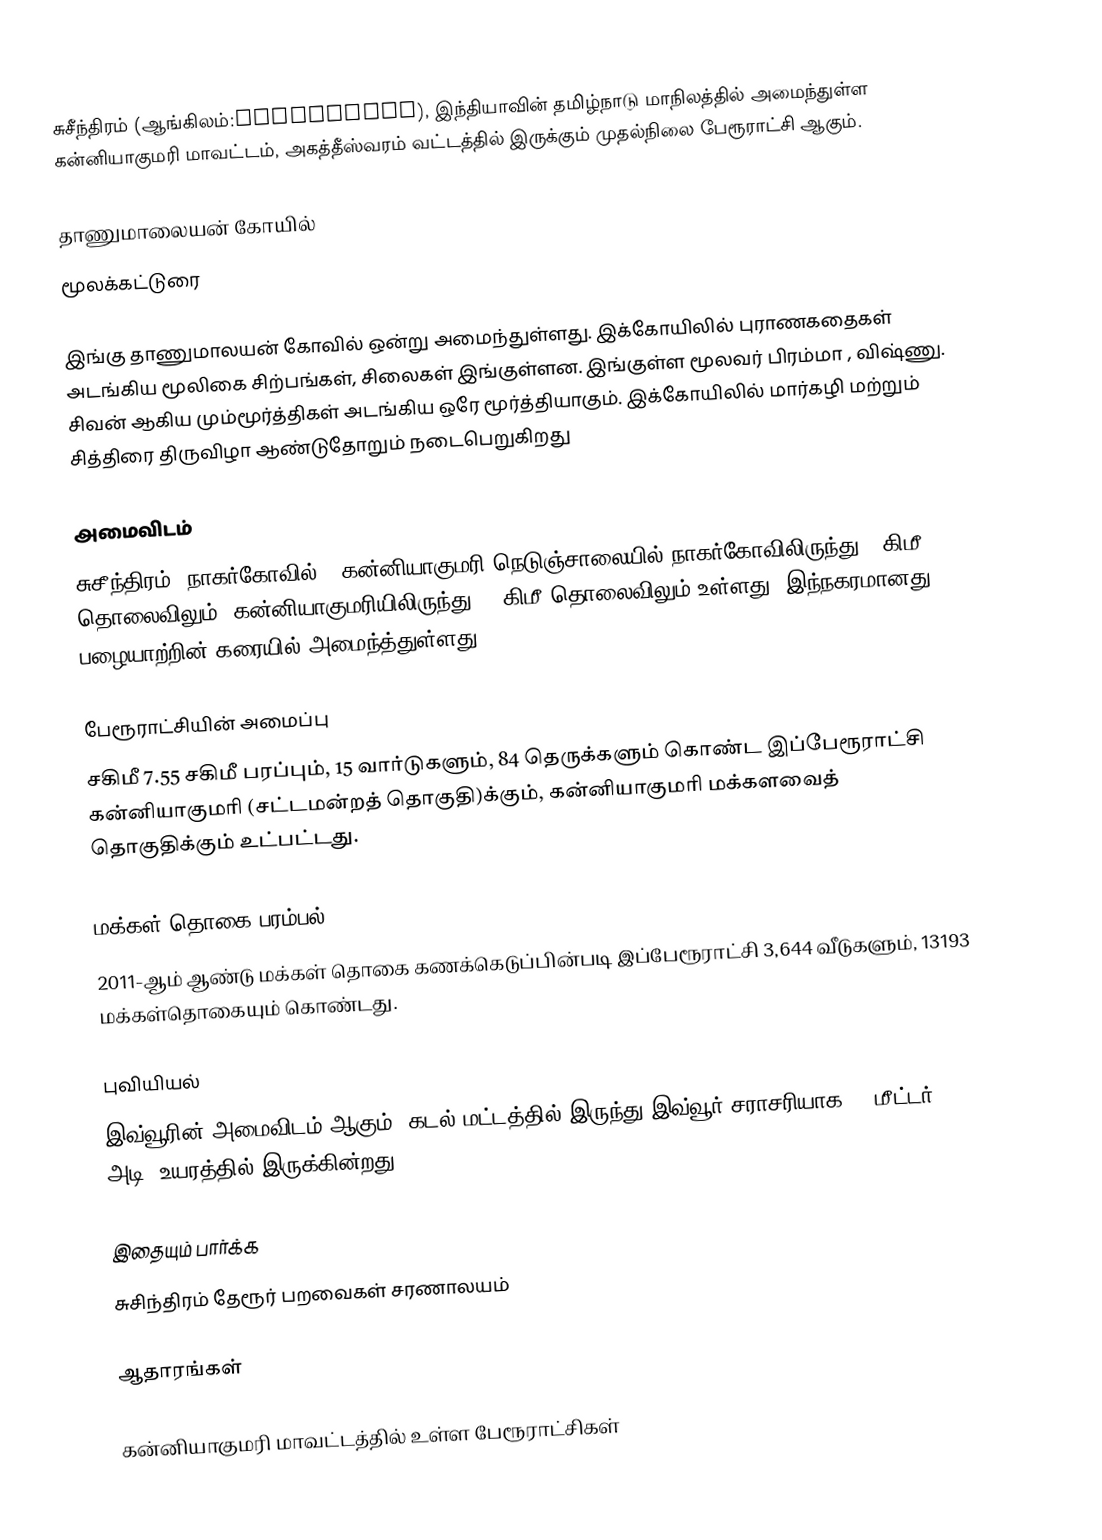
சுசீந்திரம் (ஆங்கிலம்:Suchindram), இந்தியாவின் தமிழ்நாடு மாநிலத்தில் அமைந்துள்ள கன்னியாகுமரி மாவட்டம், அகத்தீஸ்வரம் வட்டத்தில் இருக்கும் முதல்நிலை பேரூராட்சி ஆகும்.

தாணுமாலையன் கோயில்
மூலக்கட்டுரை

இங்கு தாணுமாலயன் கோவில் ஒன்று அமைந்துள்ளது. இக்கோயிலில் புராணகதைகள் அடங்கிய மூலிகை சிற்பங்கள், சிலைகள் இங்குள்ளன. இங்குள்ள மூலவர் பிரம்மா , விஷ்ணு. சிவன் ஆகிய மும்மூர்த்திகள் அடங்கிய ஒரே மூர்த்தியாகும். இக்கோயிலில் மார்கழி மற்றும் சித்திரை திருவிழா ஆண்டுதோறும் நடைபெறுகிறது

அமைவிடம்
சுசீந்திரம், நாகர்கோவில் - கன்னியாகுமரி நெடுஞ்சாலையில் நாகர்கோவிலிருந்து 5 கிமீ தொலைவிலும், கன்னியாகுமரியிலிருந்து 14 கிமீ தொலைவிலும் உள்ளது. இந்நகரமானது பழையாற்றின் கரையில் அமைந்த்துள்ளது.

பேரூராட்சியின் அமைப்பு
சகிமீ   7.55 சகிமீ பரப்பும், 15 வார்டுகளும், 84 தெருக்களும் கொண்ட இப்பேரூராட்சி  கன்னியாகுமரி (சட்டமன்றத் தொகுதி)க்கும், கன்னியாகுமரி மக்களவைத் தொகுதிக்கும் உட்பட்டது.

மக்கள் தொகை பரம்பல்
2011-ஆம் ஆண்டு மக்கள் தொகை கணக்கெடுப்பின்படி  இப்பேரூராட்சி                                3,644  வீடுகளும், 13193 மக்கள்தொகையும் கொண்டது.

புவியியல்
இவ்வூரின் அமைவிடம்  ஆகும். கடல் மட்டத்தில் இருந்து இவ்வூர் சராசரியாக 19 மீட்டர் (62 அடி) உயரத்தில் இருக்கின்றது.

இதையும் பார்க்க
 சுசிந்திரம் தேரூர் பறவைகள் சரணாலயம்

ஆதாரங்கள்

கன்னியாகுமரி மாவட்டத்தில் உள்ள பேரூராட்சிகள்